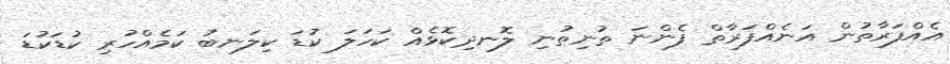
އެއްފަރާތުން އަނެއްފަރާތް ފެންނަ ތުނިތުނި ލޮނދިކޮޅެއް ކަހަލަ ކުޑަ ކިލަނބު ކަމެއްހުރި ކުޑަކުޑަ